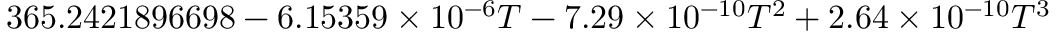
3 6 5 . 2 4 2 1 8 9 6 6 9 8 - 6 . 1 5 3 5 9 \times 1 0 ^ { - 6 } T - 7 . 2 9 \times 1 0 ^ { - 1 0 } T ^ { 2 } + 2 . 6 4 \times 1 0 ^ { - 1 0 } T ^ { 3 }